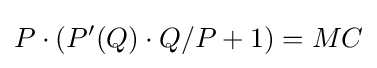
P\cdot (P'(Q)\cdot Q/P+1)=MC